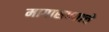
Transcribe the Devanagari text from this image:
मागासण्याचे